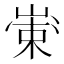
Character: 𱛺